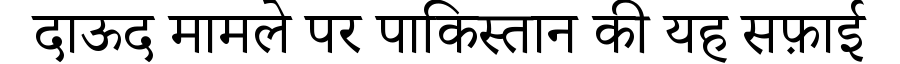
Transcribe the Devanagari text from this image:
दाऊद मामले पर पाकिस्तान की यह सफ़ाई